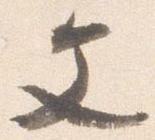
文